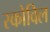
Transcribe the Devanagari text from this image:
स्कोविल